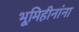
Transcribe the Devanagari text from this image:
भूमिहीनांना